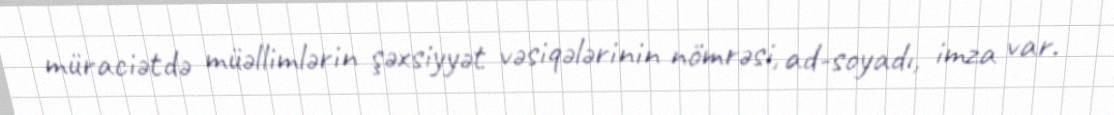
müraciətdə müəllimlərin şəxsiyyət vəsiqələrinin nömrəsi, ad-soyadı, imza var.